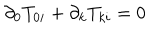
LaTeX: \partial _ { 0 } T _ { 0 i } + \partial _ { k } T _ { k i } = 0